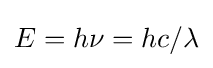
E=h\nu =hc/\lambda